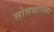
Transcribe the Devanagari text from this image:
सोमवारला